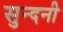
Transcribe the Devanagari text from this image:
सुन्दनी